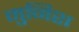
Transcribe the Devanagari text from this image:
मुनिश